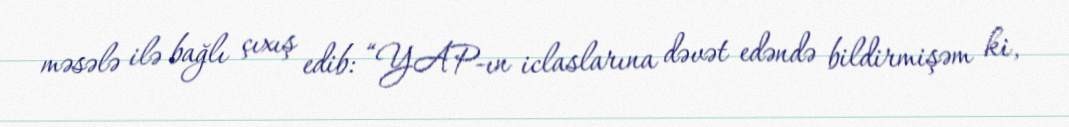
məsələ ilə bağlı çıxış edib: “YAP-ın iclaslarına dəvət edəndə bildirmişəm ki,